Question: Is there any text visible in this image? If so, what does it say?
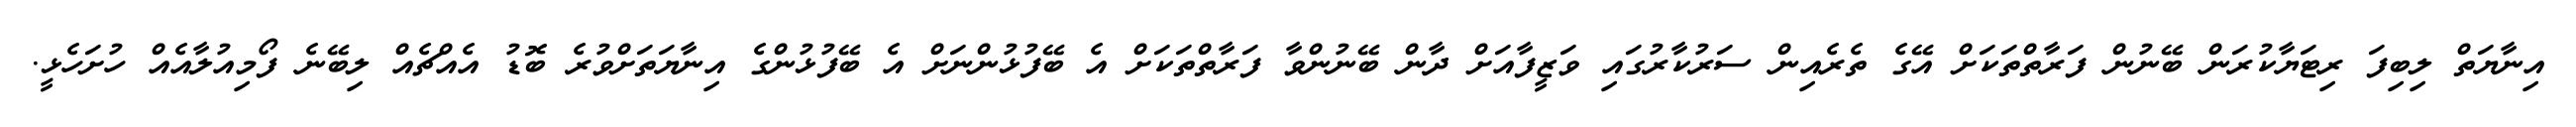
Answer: އިނާޔަތް ލިބިފަ ރިޓަޔާކުރަން ބޭނުން ފަރާތްތަކަށް އޭގެ ތެރެއިން ސަރުކާރުގައި ވަޒީފާއަށް ދާން ބޭނުންވާ ފަރާތްތަކަށް އެ ބޭފުޅުންނަށް އެ ބޭފުޅުންގެ އިނާޔަތަށްވުރެ ބޮޑު އެއްޗެއް ލިބޭނެ ފޯމިއުލާއެއް ހުށަހެޅީ.